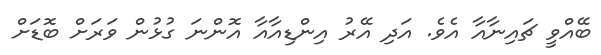
ބޭއްވީ ޗައިނާއާ އެވެ. އަދި އޭރު އިންޑިއާއާ އޮންނަ ގުޅުން ވަރަށް ބޮޑަށް